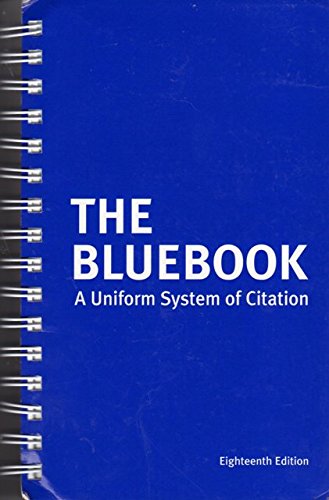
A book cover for The Bluebook: A Uniform System of Citation, 18th Edition; Harvard Law; Law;